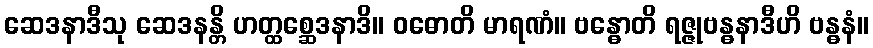
ဆေဒနာဒီသု ဆေဒနန္တိ ဟတ္ထစ္ဆေဒနာဒိ။ ဝဓောတိ မာရဏံ။ ဗန္ဓောတိ ရဇ္ဇုဗန္ဓနာဒီဟိ ဗန္ဓနံ။